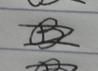
Signature authenticity: forged